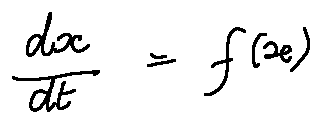
\frac { d x } { d t } = f ( x )